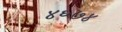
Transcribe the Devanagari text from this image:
४६७४